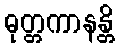
ဓုတ္တကာနန္တိ